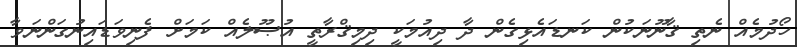
ހޯދުމެއް ނެތި ޤާނޫނަކުން ކަނޑައެޅިގެން ދާ ދިއުމަކީ ދިމިޤްރާތީ އުޞޫލެއް ކަމަށް ފެނިވަޑައިނުގަންނަވާ